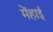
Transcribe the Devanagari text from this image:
मेंहाई